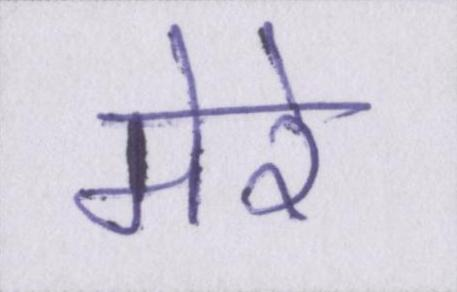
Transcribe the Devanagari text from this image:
मेरे